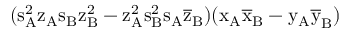
( \mathrm { s _ { A } ^ { 2 } \mathrm { z _ { A } \mathrm { s _ { B } \mathrm { z _ { B } ^ { 2 } - \mathrm { z _ { A } ^ { 2 } \mathrm { s _ { B } ^ { 2 } \mathrm { s _ { A } \mathrm { \overline { { z } } _ { B } ) ( \mathrm { x _ { A } \mathrm { \overline { { x } } _ { B } - \mathrm { y _ { A } \mathrm { \overline { { y } } _ { B } ) } } } } } } } } } } } }